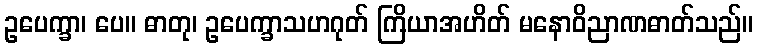
ဥပေက္ခာ၊ ပေ။ ဓာတု၊ ဥပေက္ခာသဟဂုတ် ကြိယာအဟိတ် မနောဝိညာဏဓာတ်သည်။